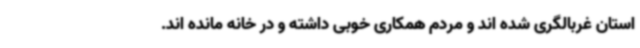
استان غربالگری شده اند و مردم همکاری خوبی داشته و در خانه مانده اند.